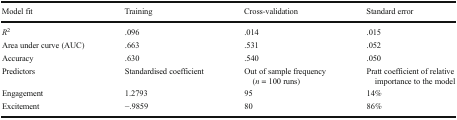
<table><thead><tr><td><b>Model fit</b></td><td><b>Training</b></td><td><b>Cross-validation</b></td><td><b>Standard error</b></td></tr></thead><tbody><tr><td><i>R</i><sup>2</sup></td><td>.096</td><td>.014</td><td>.015</td></tr><tr><td>Area under curve (AUC)</td><td>.663</td><td>.531</td><td>.052</td></tr><tr><td>Accuracy</td><td>.630</td><td>.540</td><td>.050</td></tr><tr><td>Predictors</td><td>Standardised coefficient</td><td>Out of sample frequency (<i>n</i> = 100 runs)</td><td>Pratt coefficient of relativeimportance to the model</td></tr><tr><td>Engagement</td><td>1.2793</td><td>95</td><td>14%</td></tr><tr><td>Excitement</td><td>−.9859</td><td>80</td><td>86%</td></tr></tbody></table>